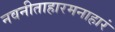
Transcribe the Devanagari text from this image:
नवनीताहारमनाहारं